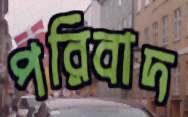
পরিবাদ